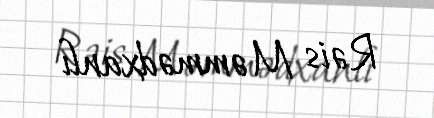
Rəis Məmmədxanlı